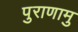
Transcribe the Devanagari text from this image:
पुराणामु